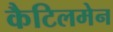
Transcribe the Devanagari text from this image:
कैटिलमेन